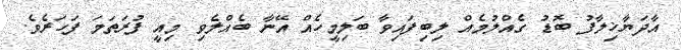
އާދަޔާޚިލާފު ބޮޑު ގެއްލުމެއް ލިބިފައިވާ ބަލިމީހެއް އޭނާ ބެއްލެވި މިއީ ފުރަތަމަ ފަހަރެވެ.